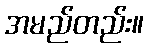
အမည်တည်း။